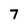
Character: 7